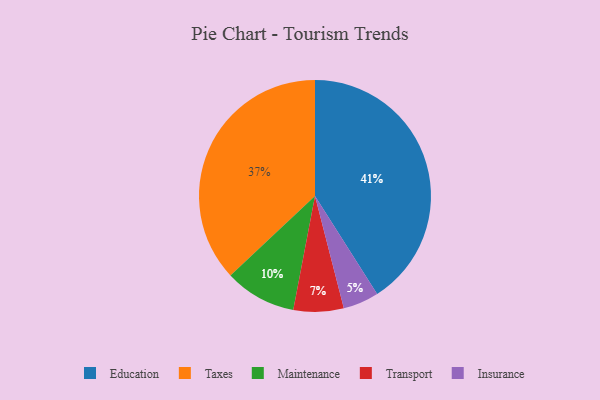
{"axis": {"x": "Category", "y": "Percentage"}, "legend": ["Education", "Insurance", "Maintenance", "Taxes", "Transport"], "data": [{"x": "Insurance", "y": 5, "type": "Insurance"}, {"x": "Transport", "y": 7, "type": "Transport"}, {"x": "Maintenance", "y": 10, "type": "Maintenance"}, {"x": "Taxes", "y": 37, "type": "Taxes"}, {"x": "Education", "y": 41, "type": "Education"}]}